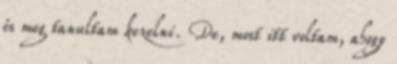
és meg tanultam kezelni. De, most itt voltam, ahogy